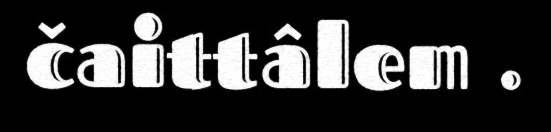
čaittâlem .